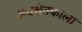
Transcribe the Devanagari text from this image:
अधश्चेतकाला